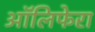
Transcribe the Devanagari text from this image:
ऑलिफेरा